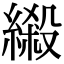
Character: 𦃏